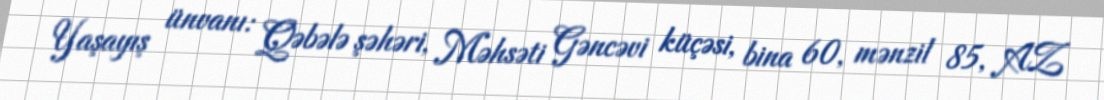
Yaşayış ünvanı: Qəbələ şəhəri, Məhsəti Gəncəvi küçəsi, bina 60, mənzil 85, AZ